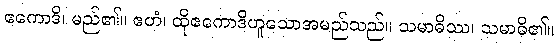
ဧကောဒိ၊ မည်၏။ ဧတံ၊ ထိုဧကောဒိဟူသောအမည်သည်။ သမာဓိဿ၊ သမာဓိ၏။